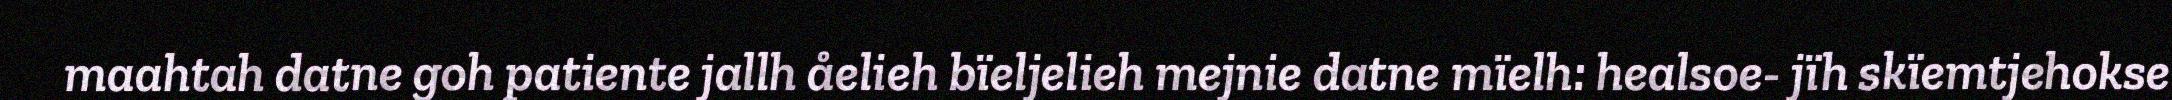
maahtah datne goh patiente jallh åelieh bïeljelieh mejnie datne mïelh: healsoe- jïh skïemtjehokse